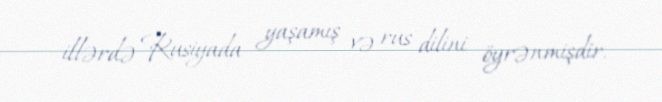
illərdə Rusiyada yaşamış və rus dilini öyrənmişdir.